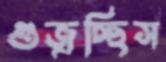
গুজ্‌রচ্ছিস